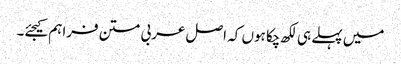
میں پہلے ہی لکھ چکا ہوں کہ اصل عربی متن فراہم کیجئے۔